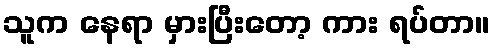
သူက နေရာ မှားပြီးတော့ ကား ရပ်တာ။